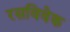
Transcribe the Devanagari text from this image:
रसविवेक